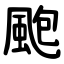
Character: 颮